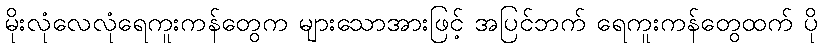
မိုးလုံလေလုံရေကူးကန်တွေက များသောအားဖြင့် အပြင်ဘက် ရေကူးကန်တွေထက် ပို